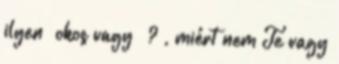
ilyen ‘okos vagy’ ? , miért nem Te vagy